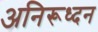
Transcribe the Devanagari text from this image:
अनिरूध्दन